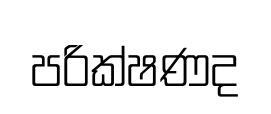
පරික්ෂණද